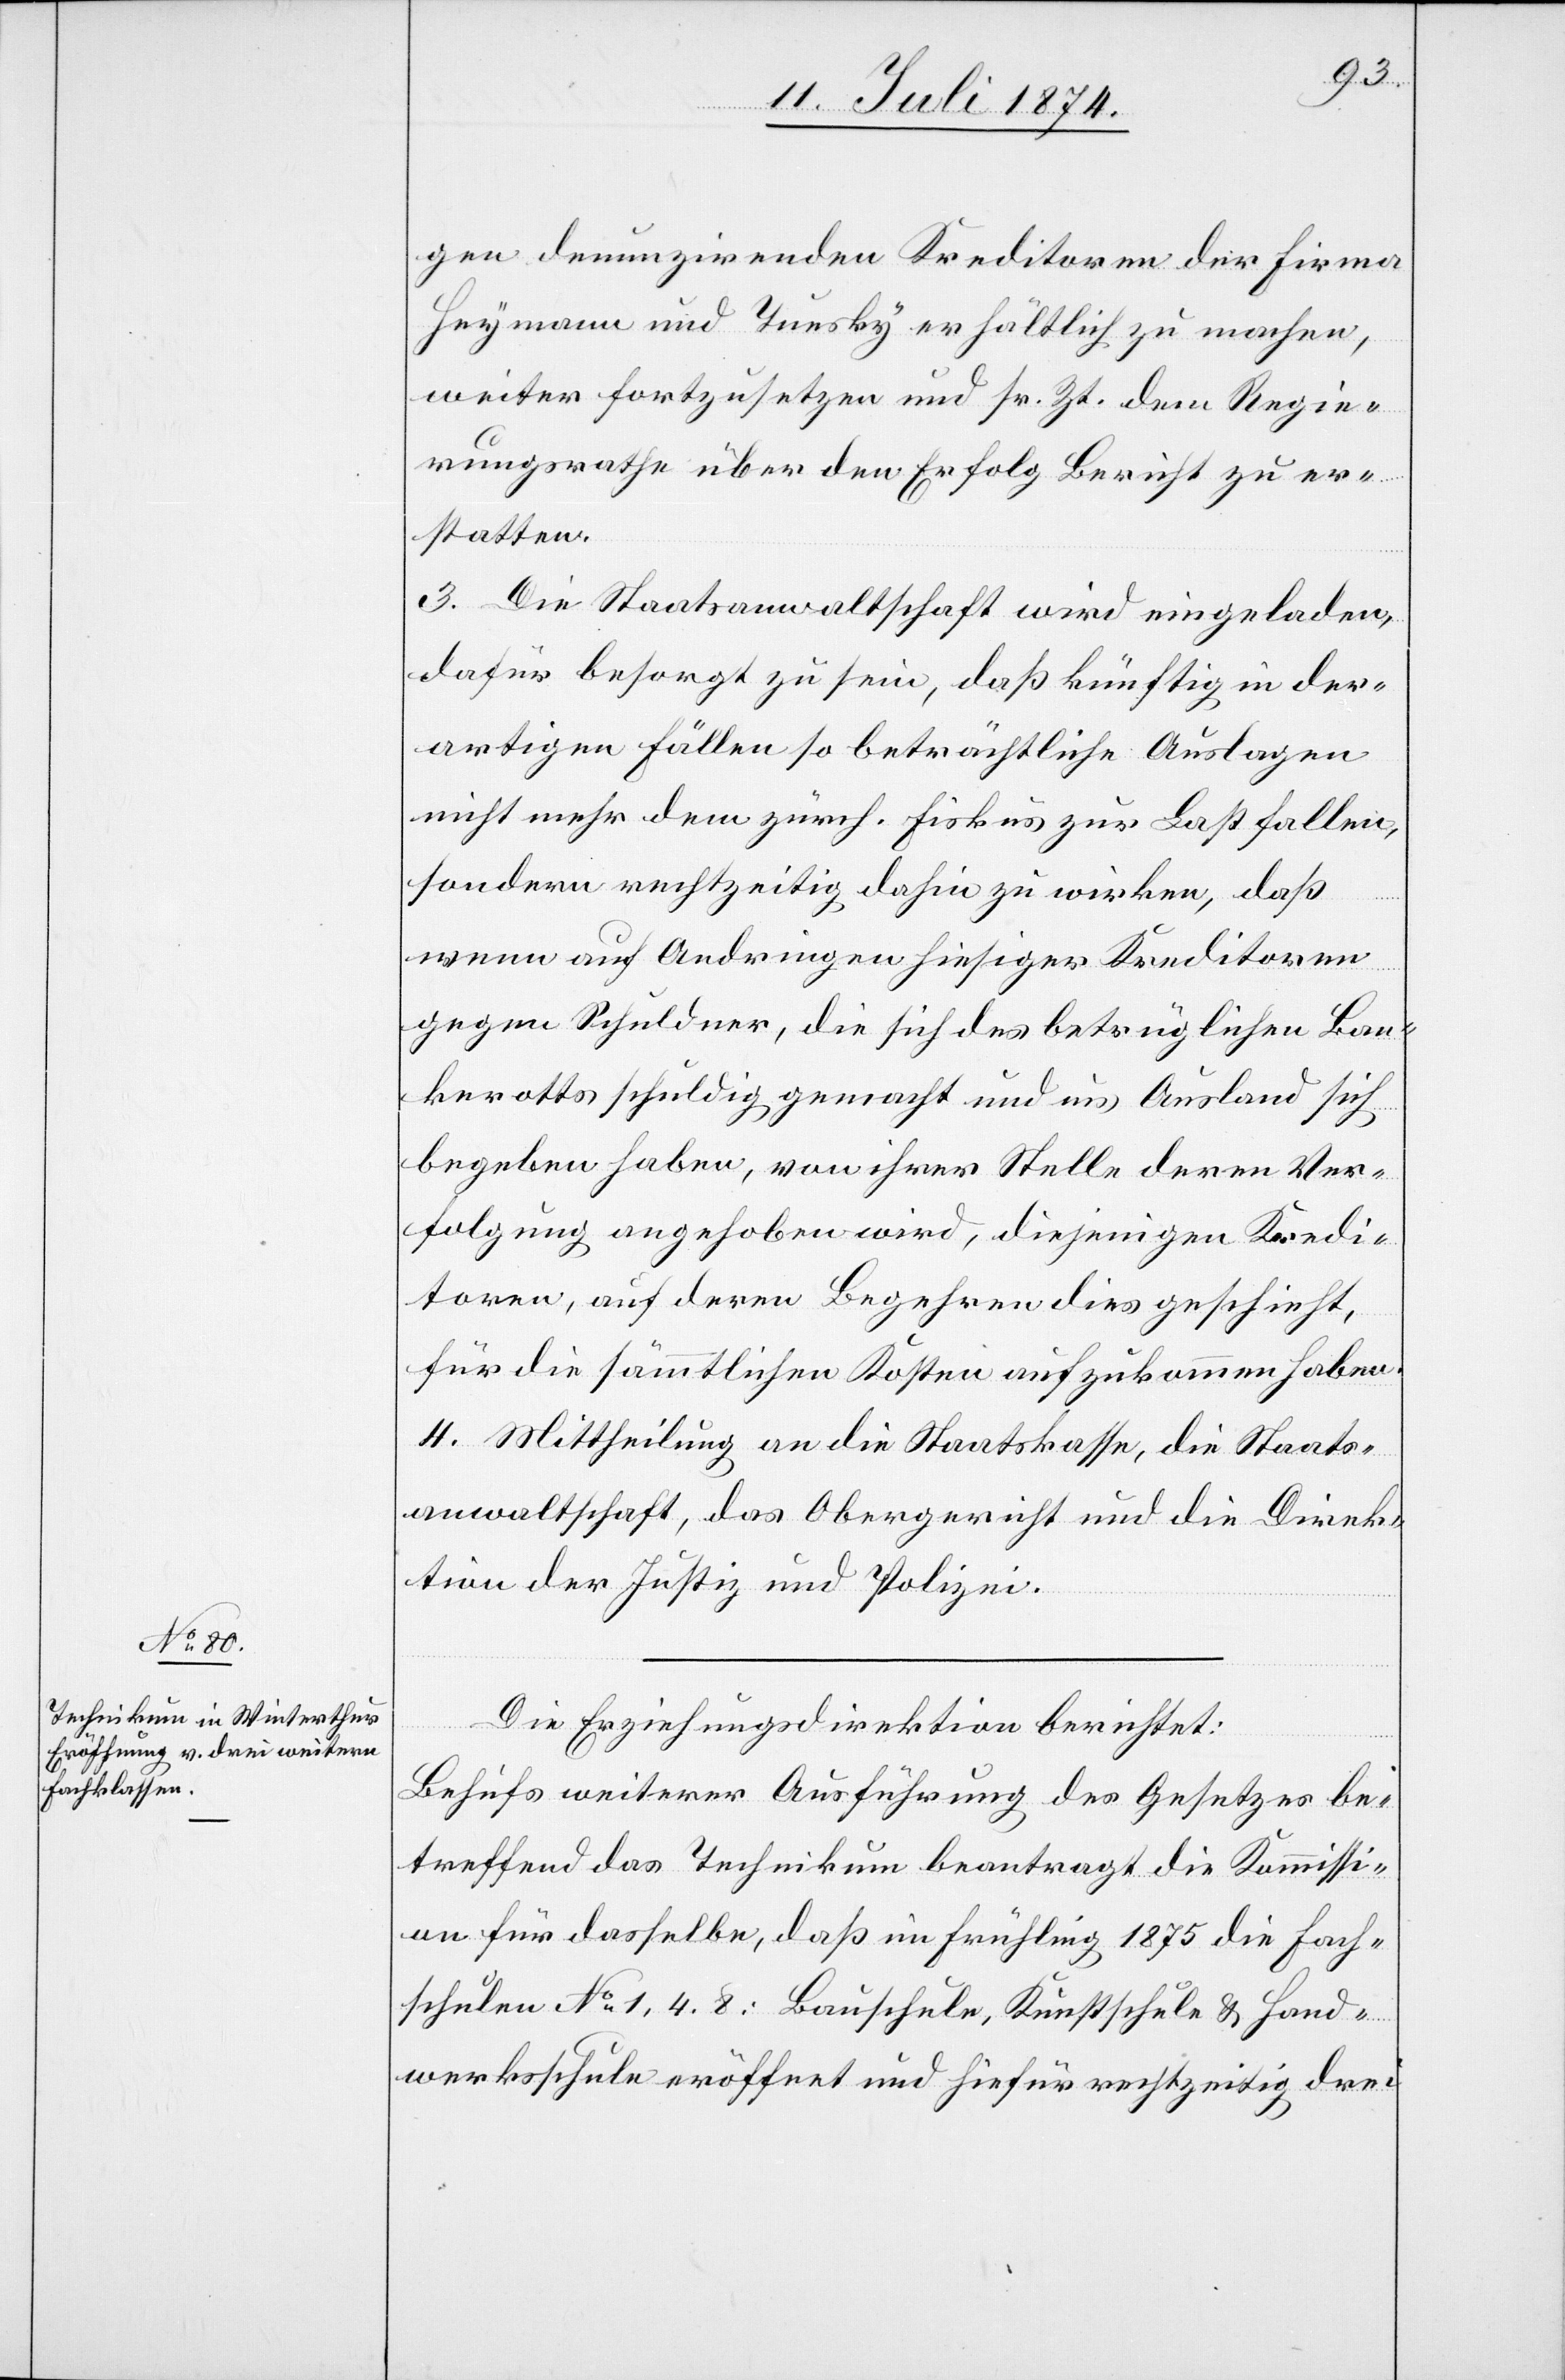
gen denunzirenden Kreditoren der Firma
Heymann und Tuesky erhältlich zu machen,
weiter fortzusetzen und sr. Zt. dem Regie¬
rungsrathe über den Erfolg Bericht zu er¬
statten.
3. Die Staatsanwaltschaft wird eingeladen,
dafür besorgt zu sein, daß künftig in der¬
artigen Fällen so beträchtliche Auslagen
nicht mehr dem zürch. Fiskus zu Last fallen,
sondern rechtzeitig dahin zu wirken, daß
wenn auf Andringen hiesiger Kreditoren
gegen Schuldner, die sich des betrüglichen Ban¬
kerotts schuldig gemacht und aus Ausland sich
begeben haben, von ihrer Stelle deren Ver¬
folgung angehoben wird, diejenigen Kredi¬
toren, auf deren Begehren dies geschieht,
für die sämmtlichen Kosten aufzukommen haben.
4. Mittheilung an die Staatskasse, die Staats¬
anwaltschaft, das Obergericht und die Direk¬
tion der Justiz und Polizei.
Die Erziehungsdirektion berichtet:
Behufs weiterer Ausführung des Gesetzes be¬
treffend das Technikum beantragt die Kommissi¬
on für dasselbe, daß im Frühling 1875 die Fach¬
schulen No 1, 4, 8: Bauschule, Kunstschule u. Hand¬
werksschule eröffnet und hiefür rechtzeitig drei